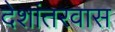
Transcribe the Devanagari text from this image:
देशांतरवास